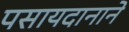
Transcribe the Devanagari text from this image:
पसायदानाने